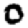
Digit: 0